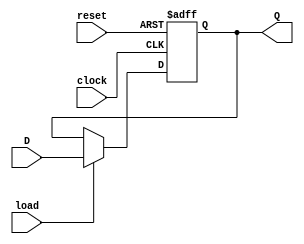
module RegisterNbit(Q, D, load, reset, clock);
	parameter N = 64;
	
	input load; // 1b load enable
	input reset; // 1b async positive edge reset
	input clock; // 1b positve edge clock
	input [N-1:0] D; // data input
	
	output reg [N-1:0] Q; //Nb output
	
	always @(posedge clock or posedge reset) begin
		if(reset)
			Q <= 0; //reset if reset is true
		else if(load)
			Q <= D; //load if load is true
		else
			Q <= Q; //hold otherwise
	end
endmodule